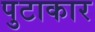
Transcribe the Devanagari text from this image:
पुटाकार